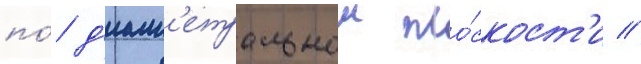
по́ д'иам'етральнои пло́скост'и //